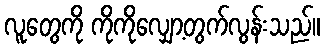
လူတွေကို ကိုကိုလျှော့တွက်လွန်းသည်။